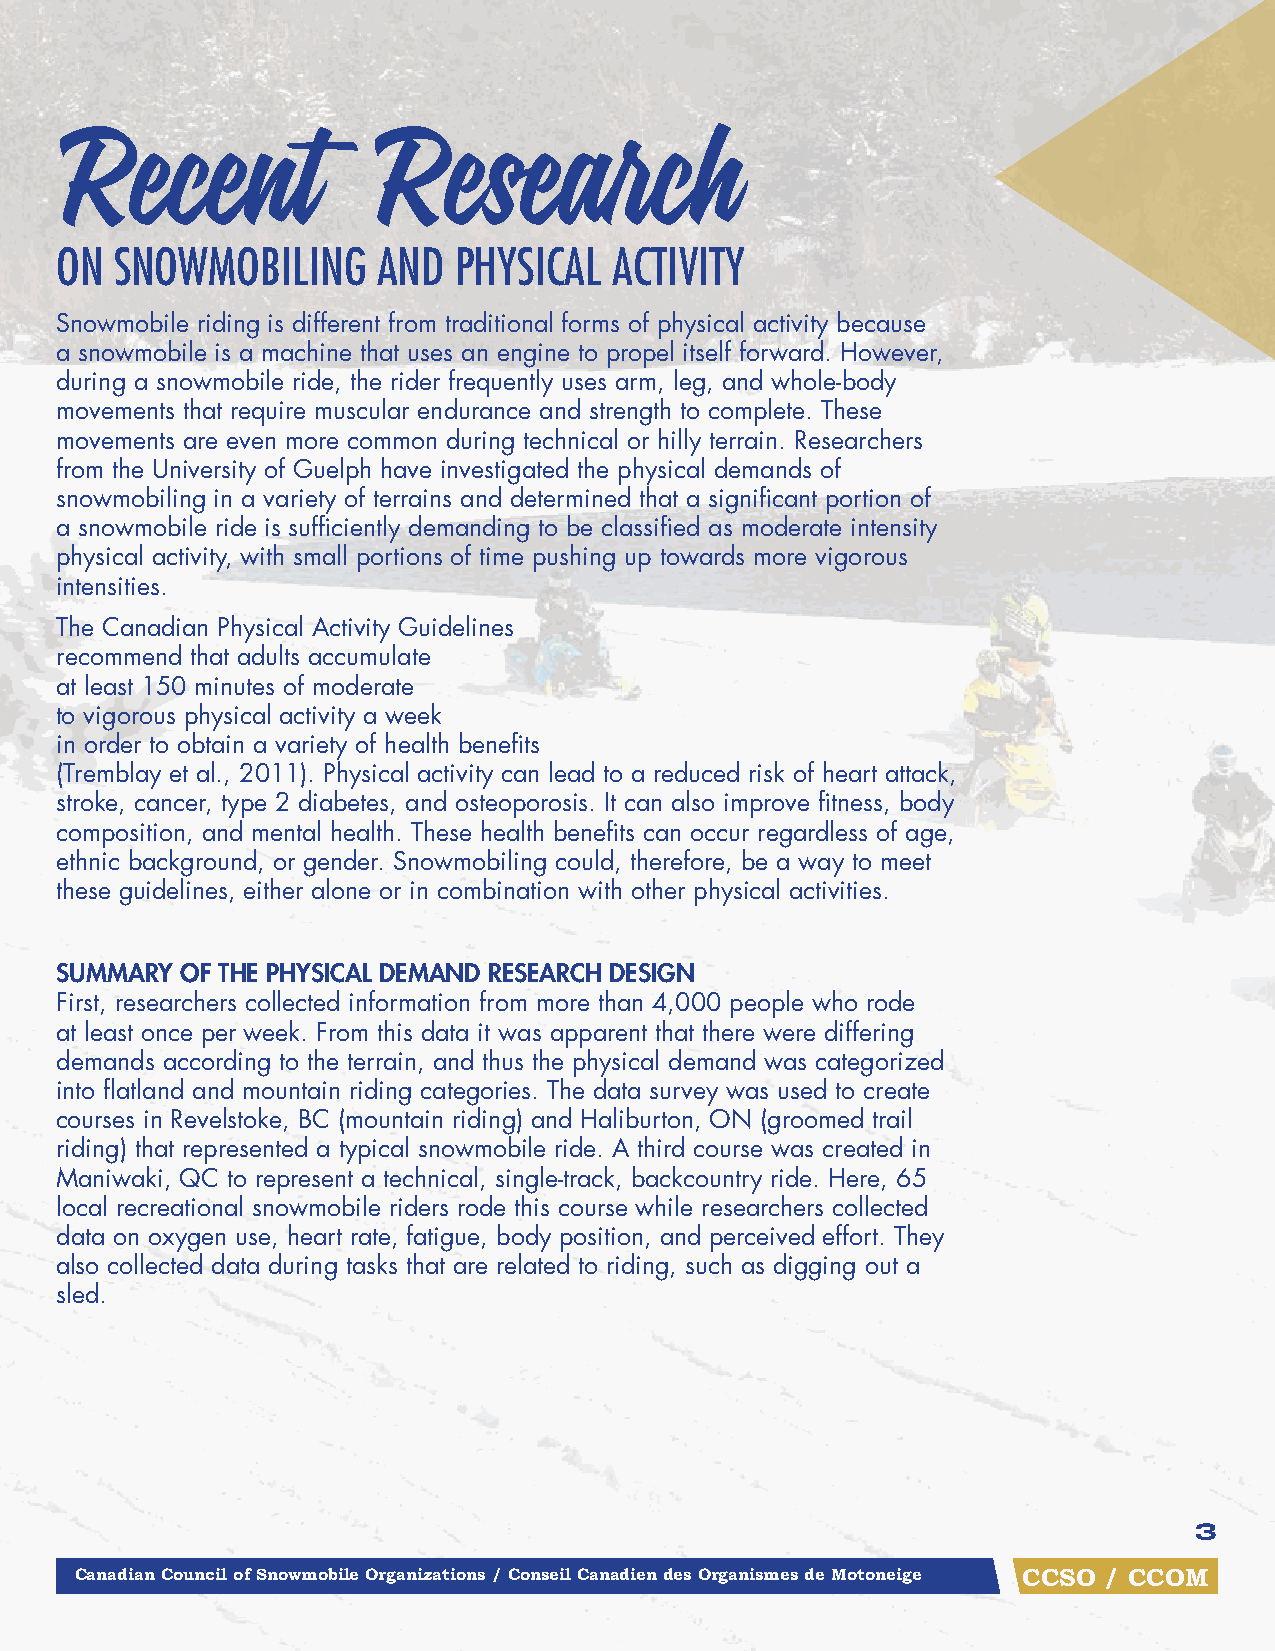
Recent               Research
 ON  SNOWMOBILING     AND  PHYSICAL   ACTIVITY
 Snowmobile riding is different from traditional forms of physical activity because
 a snowmobile is a machine that uses an engine to propel itself forward. However,
 during a snowmobile ride, the rider frequently uses arm, leg, and whole-body
 movements that require muscular endurance and strength to complete. These
 movements are even more common during technical or hilly terrain. Researchers
 from the University of Guelph have investigated the physical demands of
 snowmobiling in a variety of terrains and determined that a significant portion of
 a snowmobile ride is sufficiently demanding to be classified as moderate intensity
 physical activity, with small portions of time pushing up towards more vigorous
 intensities.
 The Canadian Physical Activity Guidelines
 recommend that adults accumulate
 at least 150 minutes of moderate
 to vigorous physical activity a week
 in order to obtain a variety of health benefits
 (Tremblay et al., 2011). Physical activity can lead to a reduced risk of heart attack,
 stroke, cancer, type 2 diabetes, and osteoporosis. It can also improve fitness, body
 composition, and mental health. These health benefits can occur regardless of age,
 ethnic background, or gender. Snowmobiling could, therefore, be a way to meet
 these guidelines, either alone or in combination with other physical activities.
 SuMMAry Of tHE PHySICAl DEMAnD rESEArCH DESIgn
 First, researchers collected information from more than 4,000 people who rode
 at least once per week. From this data it was apparent that there were differing
 demands according to the terrain, and thus the physical demand was categorized
 into flatland and mountain riding categories. The data survey was used to create
 courses in Revelstoke, BC (mountain riding) and Haliburton, ON (groomed trail
 riding) that represented a typical snowmobile ride. A third course was created in
 Maniwaki, QC to represent a technical, single-track, backcountry ride. Here, 65
 local recreational snowmobile riders rode this course while researchers collected
 data on oxygen use, heart rate, fatigue, body position, and perceived effort. They
 also collected data during tasks that are related to riding, such as digging out a
 sled.
 3
 Canadian Council of Snowmobile Organizations / Conseil Canadien des Organismes de Motoneige CCSO / CCOM